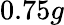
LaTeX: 0.75g